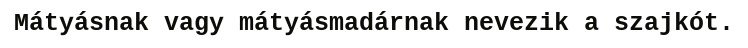
Mátyásnak vagy mátyásmadárnak nevezik a szajkót.